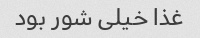
غذا خیلی شور بود